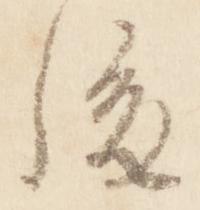
後